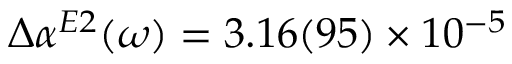
\Delta \alpha ^ { E 2 } ( \omega ) = 3 . 1 6 ( 9 5 ) \times 1 0 ^ { - 5 }